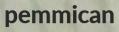
pemmican